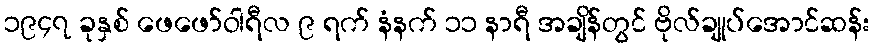
၁၉၄၇ ခုနှစ် ဖေဖော်ဝါရီလ ၉ ရက် နံနက် ၁၁ နာရီ အချိန်တွင် ဗိုလ်ချုပ်အောင်ဆန်း